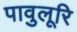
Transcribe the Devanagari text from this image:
पावुलूरि